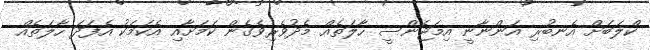
ކްލަބަށް އެނބުރި އަންނާނީ އިމަޖެންސީ ހާލަތެއް މެދުވެރިވެގެން ކަމަށާއި އެކަމަކު އެފަދަ ހާލަތެއް